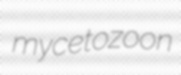
mycetozoon